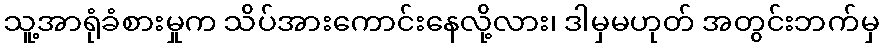
သူ့အာရုံခံစားမှုက သိပ်အားကောင်းနေလို့လား၊ ဒါမှမဟုတ် အတွင်းဘက်မှ